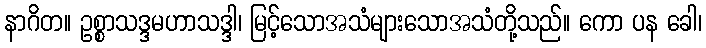
နာဂိတ။ ဥစ္စာသဒ္ဒမဟာသဒ္ဒါ၊ မြင့်သောအသံများသောအသံတို့သည်။ ကော ပန ခေါ၊